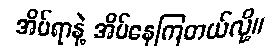
အိပ်ရာနဲ့ အိပ်နေကြတယ်လို့။